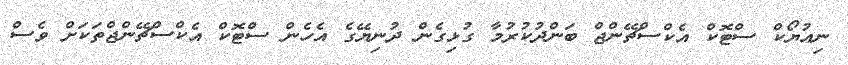
ނިއުޔޯކް ސްޓޮކް އެކްސްޗޭންޖް ބަންދުކުރުމާ ގުޅިގެން ދުނިޔޭގެ އެހެން ސްޓޮކް އެކްސްޗޭންޖްތަކަށް ވެސް